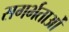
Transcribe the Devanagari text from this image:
सगर्भताओं